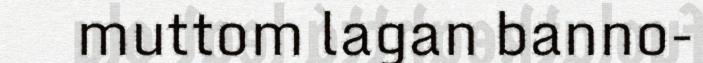
muttom lagan banno-